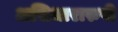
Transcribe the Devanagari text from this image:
असिधारारुपी